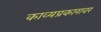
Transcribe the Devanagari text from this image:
काव्यप्रकारावर